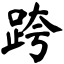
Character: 跨